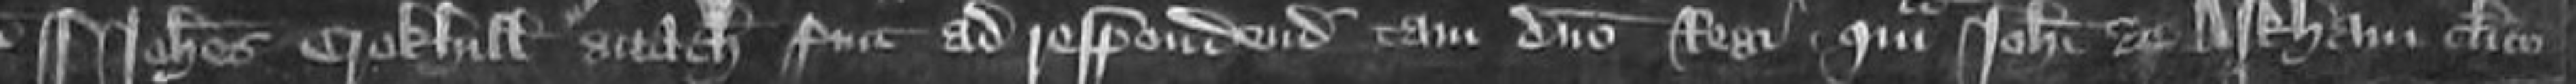
¶ Johannes Crokhull attachiatus fuit ad respondendum tam domino Regi quam Johanni de Arkham clerico